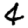
Digit: 4